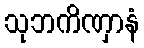
သုဘကိဏှာနံ